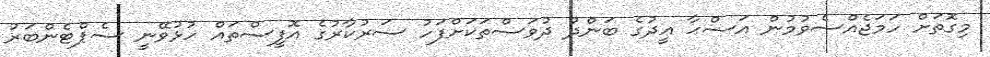
މިގޮތަށް ހަމަޖެއްސެވުމުން އަޟްޙާ ޢީދުގެ ބަންދު ދުވަސްތަކަށްފަހު ސަރުކާރުގެ އޮފީސްތައް ހުޅުވޭނީ ސެޕްޓެންބަރު